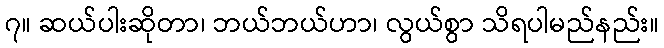
၇။ ဆယ်ပါးဆိုတာ၊ ဘယ်ဘယ်ဟာ၊ လွယ်စွာ သိရပါမည်နည်း။